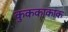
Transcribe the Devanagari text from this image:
कुककाकाक